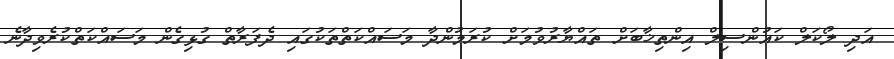
އަދި ލޯކަލް ކައުންސިލް އިންތިޚާބަށް ތައްޔާރުވުމަށް ކުރަމުންދާ މަސައްކަތްތަކުގައި ދެފަރާތް ގުޅިގެން މަސައްކަތްކުރެވިދާނެ